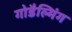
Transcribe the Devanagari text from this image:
गोडैल्मिंग